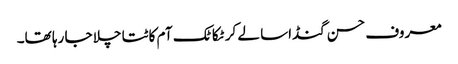
معروف حسن گنڈاسا لے کر ٹکا ٹک آم کاٹتا چلا جا رہا تھا۔